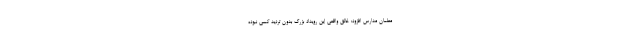
معلمان مدارس افزود: خالق واقعی این رویداد بزرگ بدون تردید کسی نبوده